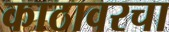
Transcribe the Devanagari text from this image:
काठावरचा